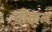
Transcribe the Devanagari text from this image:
नीकल